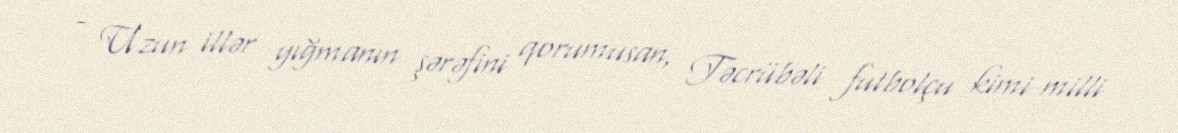
- Uzun illər yığmanın şərəfini qorumusan, Təcrübəli futbolçu kimi milli